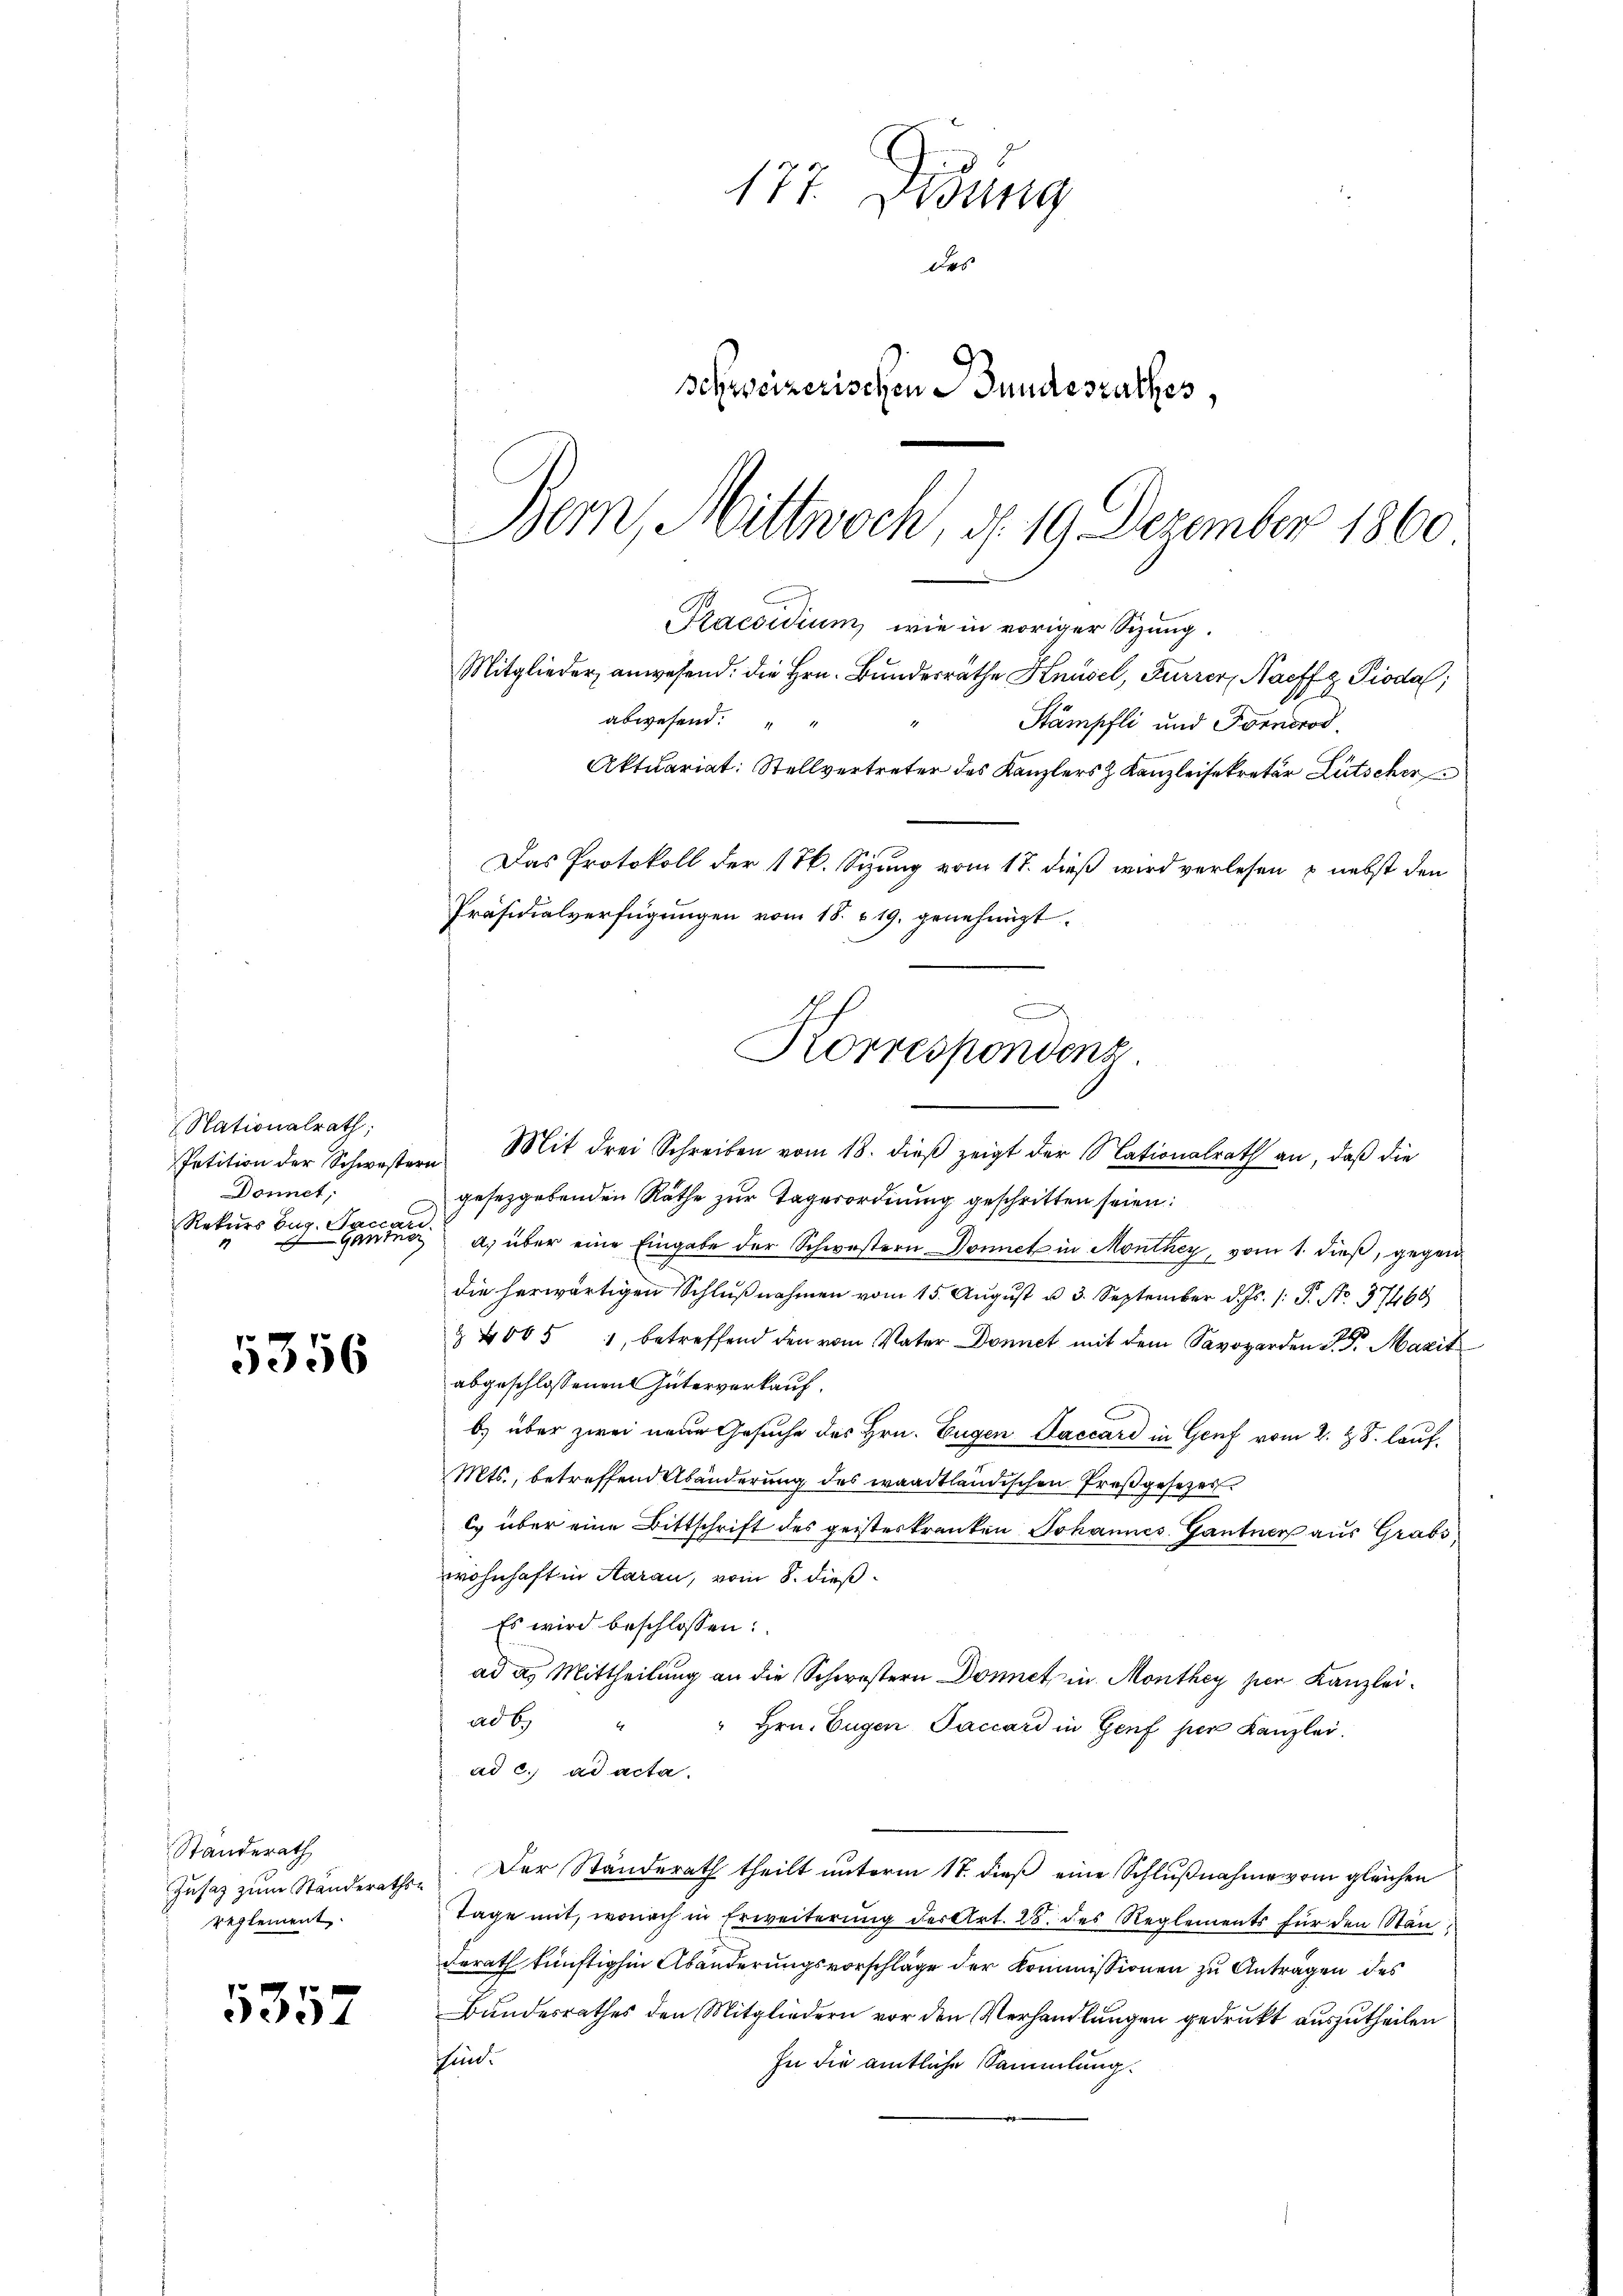
(Nationalrath;
Petition der Schwestern
Donnet;
Rekurs beg. Jaccan.
garte

5356

Standerath
reglement

5357

177 Didung
Des
schweizerischen Bundesrathes,
-

Mit drei Schreiben vom 18. dieβ zeigt der Nationalrath an, daß die

Bern, Mittwoch, § 19. Dezember 1860
Praesidium wie in voriger Sizung.
Mitglieder anwesend. Die Hrn. Bundesrathe Knüsel, Furrer, Naeffz Pioda,
abwesend: " "
Stämpfli und Fornerod.
4
Aktuariat: Stellvertreter des Kanzlers z. Kanzleisekretär Lütscher
Das Protokoll der 17. Sizung vom 17. dieß wird verlesen & nebst den
Präsidialverfügungen vom 18. v. 19. genehmigt.
D
Korrespondens

gesetzgebenden Räthe zur Tagerordnung geschritten seien:
a. über eine Eingabe der Schwestern Donnet in Monthey, vom 1. dieß, gegendie herwärtigen Schlußnahmen vom 15. August u. 3. September d. Js. /: P. No. 37469
& 4065 : betreffend den vom Vater Donnet mit dem Savogarden 3. d. Marit
abgeschlossenen Güterverkauf.
b) über zwei neue Gesuche des Hrn. Eugen Faccard in Genf vom 2. X S. lauf¬
Mts., betreffend Abänderung des waadtländischen Preßgesezes
c. über eine Bittschrift des geisterkranken Johannes Gantner aus Grabs
wohnhaft in Aarau, vom 8. dieß
Es wird beschlossen:
ad a. Mittheilung an die Schwestern Donnet in Monthey hier Kanzleiad b.
" Hrn. Eugen Paccard in Genf per Kanzlei.
ad c.) ad acta.
Zusatz zum Ständerathe Der Ständerath theilt unterm 17. dieß eine Schlußnahme vom gleichen
Tage mit, wonach in Erweiterung der Art. 28. des Reglements für den Stän¬
Berath künftighin Abänderungsvorschläge der Kommissionen zu Anträgen des
Bundesrathes den Mitgliedern vor den Verhandlungen gedrukt auszutheilen
isen.
In die amtliche Sammlung.